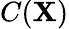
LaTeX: C({\cal{\mathbf{X}}})